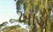
ખાડો